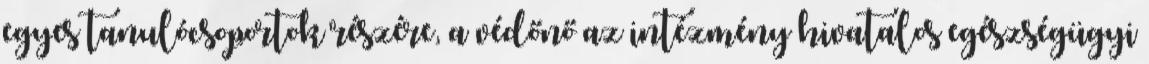
egyes tanulócsoportok részére, a védőnő az intézmény hivatalos egészségügyi